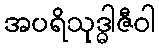
အပရိသုဒ္ဓါဇီဝါ